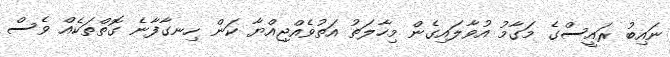
ނައިބު ރައީސްގެ މަގާމު އުވާލައިގެން މިހާލަތު އަތުވެއްޖިއްޔާ ކަން ހިނގާފާނެ ގޮތްތަކެއް ވެސް